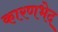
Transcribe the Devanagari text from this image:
कारणभेद